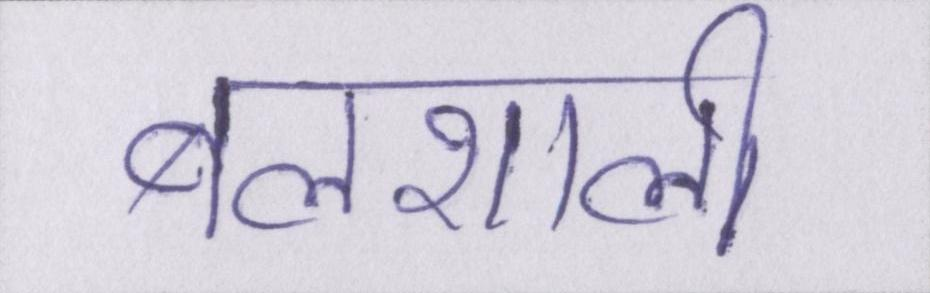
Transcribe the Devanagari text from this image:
बलशाली